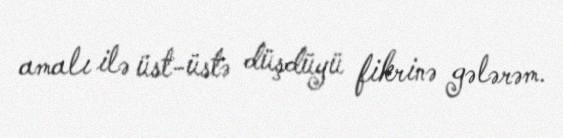
amalı ilə üst-üstə düşdüyü fikrinə gələrəm.